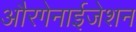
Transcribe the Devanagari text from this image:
औरगेनाईजेशन